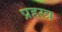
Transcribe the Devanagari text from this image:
प्रहस्त्र